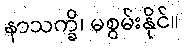
နာသက္ခိ၊ မစွမ်းနိုင်။